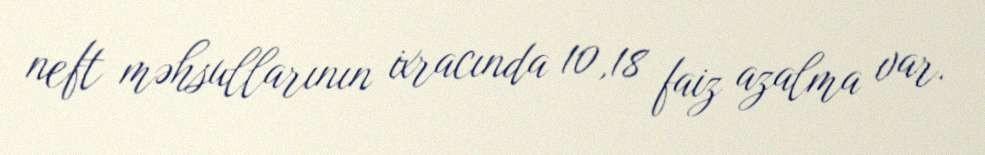
neft məhsullarının ixracında 10,18 faiz azalma var.